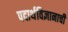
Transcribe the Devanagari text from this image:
पदार्थविज्ञानाची